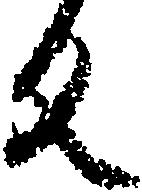
反